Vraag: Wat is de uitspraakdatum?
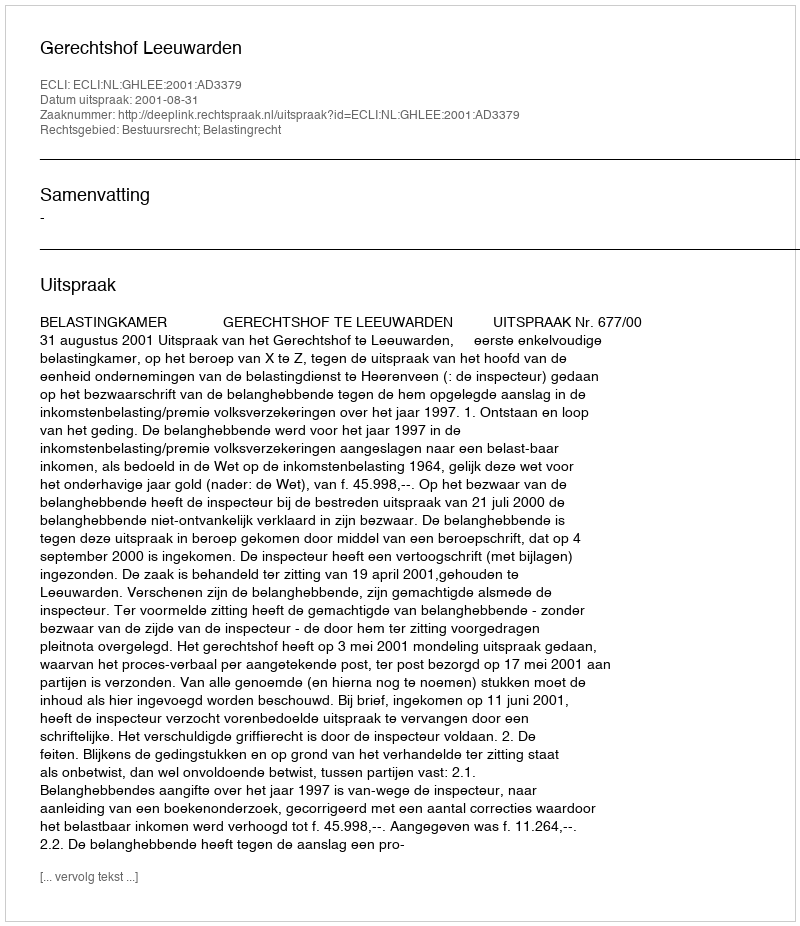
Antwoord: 2001-08-31